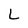
Character: L